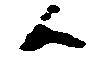
候